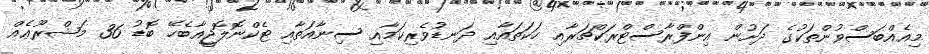
މިއެއްބަސްވުންތަކުގެ ދަށުން އިންފްރާސްޓްރަކްޗަރާއި ހަކަތައާއި ދަނޑުވެރިކަމާއި ސިނާއަތާއި ޓެކްނޮލޮޖީއާބެހޭ ބޮޑު 36 މަޝްރޫޢެއް